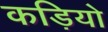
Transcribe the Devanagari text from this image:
कड़ियो